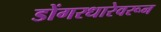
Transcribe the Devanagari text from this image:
डोंगरधारेवरून